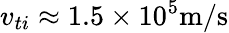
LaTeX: v_{ti}\approx 1.5\times 10^{5}\mathrm{m/s}